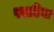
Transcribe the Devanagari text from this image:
पवाडिया